Insane asylums in Bengal annual reports 1876-1887 - 1876-1887
Year: 1876
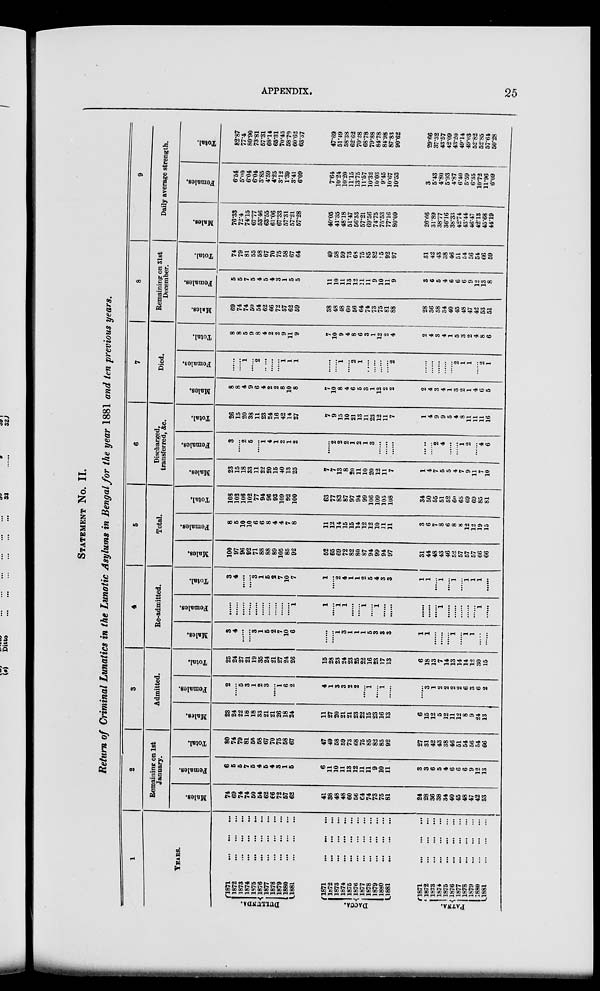
APPENDIX.
25
STATEMENT NO. II.
Return of Criminal Lunatics in the Lunatic Asylums in Bengal for the year 1881 and ten previous years.
1
YEARS.
DULLUNDA.
DACCA.
PATNA.
1871
...
...
...
1872
...
...
...
1873
...
...
...
1874
...
...
...
1875
...
...
...
1876
...
...
...
1877
...
...
...
1878
...
...
...
1879
...
...
...
1880
...
...
...
1881
...
...
...
1871
...
...
...
1872
...
...
...
1873
...
...
...
1874
...
...
...
1875
...
...
...
1876
...
...
...
1877
...
...
...
1878
...
...
...
1879
...
...
...
1880
...
...
...
1881 ... ... ...
1871
...
...
...
1872
...
...
...
1873
...
...
...
1874
...
...
...
1875
...
...
...
1876
...
...
...
1877
...
...
...
1878
...
...
...
1879
...
...
...
1880
...
...
...
1881
...
...
...
2
Remaining on 1st
January.
Males.
74
69
74
74
50
54
62
66
72
57
62
41
38
48
48
60
56
64
74
73
75
81
24
28
36
38
34
40
45
48
47
42
53
Females.
6
5
5
7 5
4
5
4
3
1
5
6
11
10
11
13
12
11
11
9
10
11
3
3
6
5
4
6
6
6
9
12
13
Total.
80
74
79
81
55
58
67
70
75
58
67
47
49
58
59
73
68
75
85
82
85
92
27
31
42
43
38
46
51
54
56
54
66
3
Admitted.
Males.
23
24
22
18
18
33
21
21
26
18
24
11
27
20
21
21
23
22
15
23
16
13
6
15
12
5
12
11
12
8
9
24
13
Females.
2
......
5
3
1
2
3
......
1
6
2
4
1
3
3
2
2
......
1
......
1
......
......
3
1
2
2
2
2
6
3
6
2
Total.
25
24
27
21
19
35
24
21
27
24
26
15
28
23
24
23
25
22
16
23
17
13
6
18
13
7
14
13
14
14
12
30
15
4
Re-admitted.
Males.
3
4
......
...... 3
1
5
2
7
10
6
......
......
1
3
1
1
1
5
3
3
3
1
1
......
......
......
1
......
1
1
......
......
Females.
......
......
......
......
......
......
......
......
......
......
1
1
......
1
1
......
......
1
......
1
......
......
......
......
......
1
......
......
......
......
......
1
......
Total.
3
4
......
...... 3
1
5
2
7
10
7
1
......
2
4
1
1
2
5
4
3
3
1
1
......
1
......
1
......
1
1
1
......
5
Total.
Males.
100
97
96
92
71
88
88
89
105
85
92
52
65
69
72
82
80
87
94
99
94
97
31
44
48
43
46
52
57
57
57
66
66
Females.
8
5
10
10
6
6
8
4
4
7
8
11
12
14
15
15
14
12
12
10
11
11
3
6
7
8
6
8
8
12
12
19
15
Total.
108
102
106
102
77
94
96
93
109
92
100
63
77
83
87
97
94
99
106
109
105
108
34
50
55
51
52
60
65
69
69
85
81
6
Discharged,
transferred, &c.
Males.
23
15
18
33
11
22
20
15
40
13
25
7
7
13
8
20
11
10
20
12
11
7
1
4
7
5
5
4
7
9
11
7
10
Females.
3
......
2
5
......
1
4
1
2
1
2
......
2
2
2
1
2
1
3
......
......
......
......
......
2
4
......
......
1
2
...
4
6
Total.
26
15
20
38
11
23
24
16
42
14
27
7
9
15
10
21
13
11
23
12
11
7
1
4
9
9
5
4
8
11
11
11
16
7
Died.
Males.
8
8
4
9
6
4
2
2
8
10
8
7
10
8
4
6
5
3
1
12
2
2
2
4
3
4
1
3
2
1
4
6
5
Females.
......
......
1
...... 2
.....
......
......
1
1
1
......
......
1
...... 2
1
......
......
......
......
2
......
......
......
......
......
2
1
1
......
2
1
Total.
8
8
5
9
8
4
2
2
9
11
9
7
10
9
4
8
6
3
1
12
2
4
2
4
3
4
1
5
3
2
4
8
6
8
Remaining on 31st
December.
Males.
69
74
74
50
54
62
66
72
57
62
59
38
48
48
60
56
64
74
73
75
81
88
28
36
38
34
40
45
48
47
42
53
51
Females.
5
5
7
5
4
5
4
3
1
5
5
11
10
11
13
12
11
11
9
10
11
9
3
6
5
4
6
6
6
9
12
13
8
Total.
74
79
81
55
58
67
70
75
58
67
64
49
58
59
73
68
75
85
82
85
92
97
31
42
43
38
46
51
54
56
54
66
59
9
Daily average strength.
Males.
76.33
72.4
74.15
67.77
53.46
63.55
61.06
67.33
57.31
57.21
57.28
40.05
41.35
48.18
51.47
56.33
57.21
69.56
74.75
75.53
77.16
80.09
26.66
31.89
38.77
36.16
38.33
42.74
43.44
46.47
42.13
45.68
44.19
Females.
6.54
5.00
6.04
6.04
3.85
4.59
4.25
3.12
1.39
3.41
6.09
7.64
10.24
10.20
11.15
13.75
11.57
10.32
10.03
9.45
10.67
10.53
3
5.43
4.80
5.93
4.87
6.40
5.59
6.35
10.72
11.96
6.09
Total.
82.87
77.4
80.90
73.81
57.31
68.14
65.31
70.45
58.70
60.62
63.37
47.69
51.49
58.38
62.62
70.28
68.78
79.88
84.78
84.98
87.83
90.62
29.66
37.32
43.57
42.09
43.20
49.14
49.03
52.82
52.85
57.64
50.28